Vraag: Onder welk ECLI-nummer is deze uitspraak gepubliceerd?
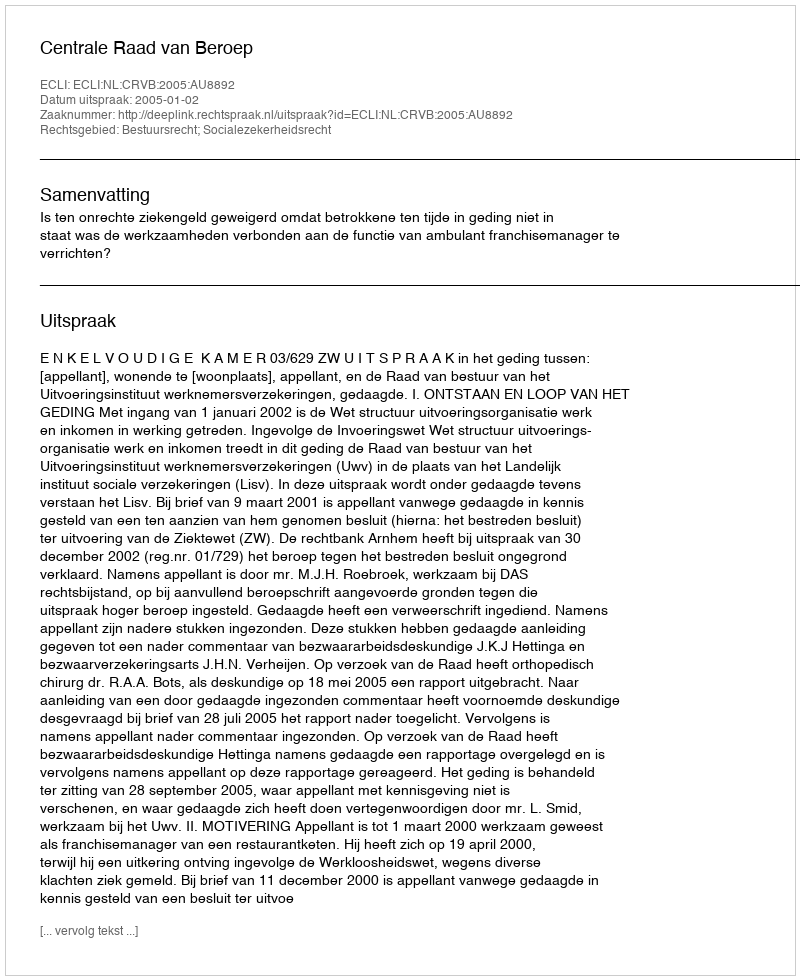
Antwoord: ECLI:NL:CRVB:2005:AU8892